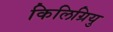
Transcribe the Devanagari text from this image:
किलिग्रियु